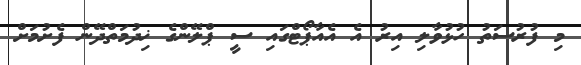
މި ފުރުސަތު ހުޅުވާލި އިރު އެ އެއާޕޯޓްގައި ސީ ޕްލޭންގެ ޚިދުމަތްދޭން ފެށުމަށް